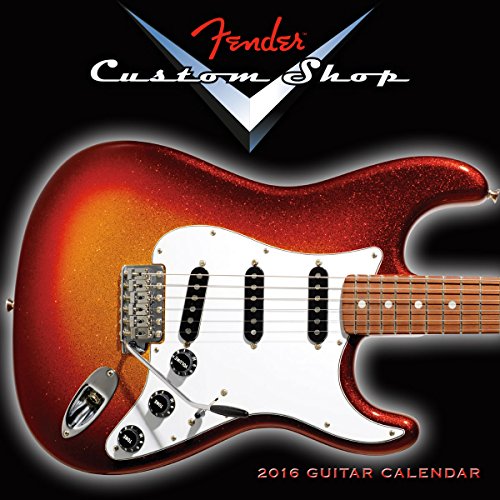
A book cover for FenderÂ® Custom Shop Guitar 2016 Mini Calendar; Fender Guitar; Calendars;